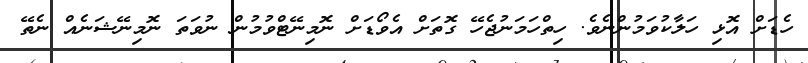
ހެޑަށް އޮޅި ހަލާކުވަމުންނެވެ. ހިތްހަމަނުޖެހޭ ގޮތަށް އެވޯޑަށް ނޮމިނޭޓްވުމުން ނުވަތަ ނޮމިނޭޝަނެއް ނެތޭ